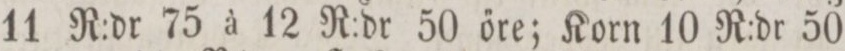
11 R:dr 75 à 12 R:dr 50 őre; Korn 10 R:dr 50